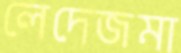
লেদেজমা